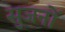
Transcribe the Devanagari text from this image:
सुजनों